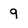
Character: 9